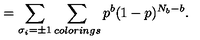
\protectZ = \sum _ { \sigma _ { i } = \pm 1 } \sum _ { c o l o r i n g s } p ^ { b } ( 1 - p ) ^ { N _ { b } - b } .